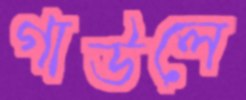
গাউলে